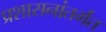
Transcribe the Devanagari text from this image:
प्रशासनांतर्गंत